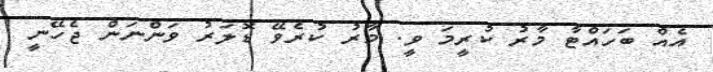
އެއް ބަހައްޓާ މާރު ކުރީމަ ވީ. މާރު ކުރެވޭ ޑޮލަރު ވަންނަން ޖެހޭނީ